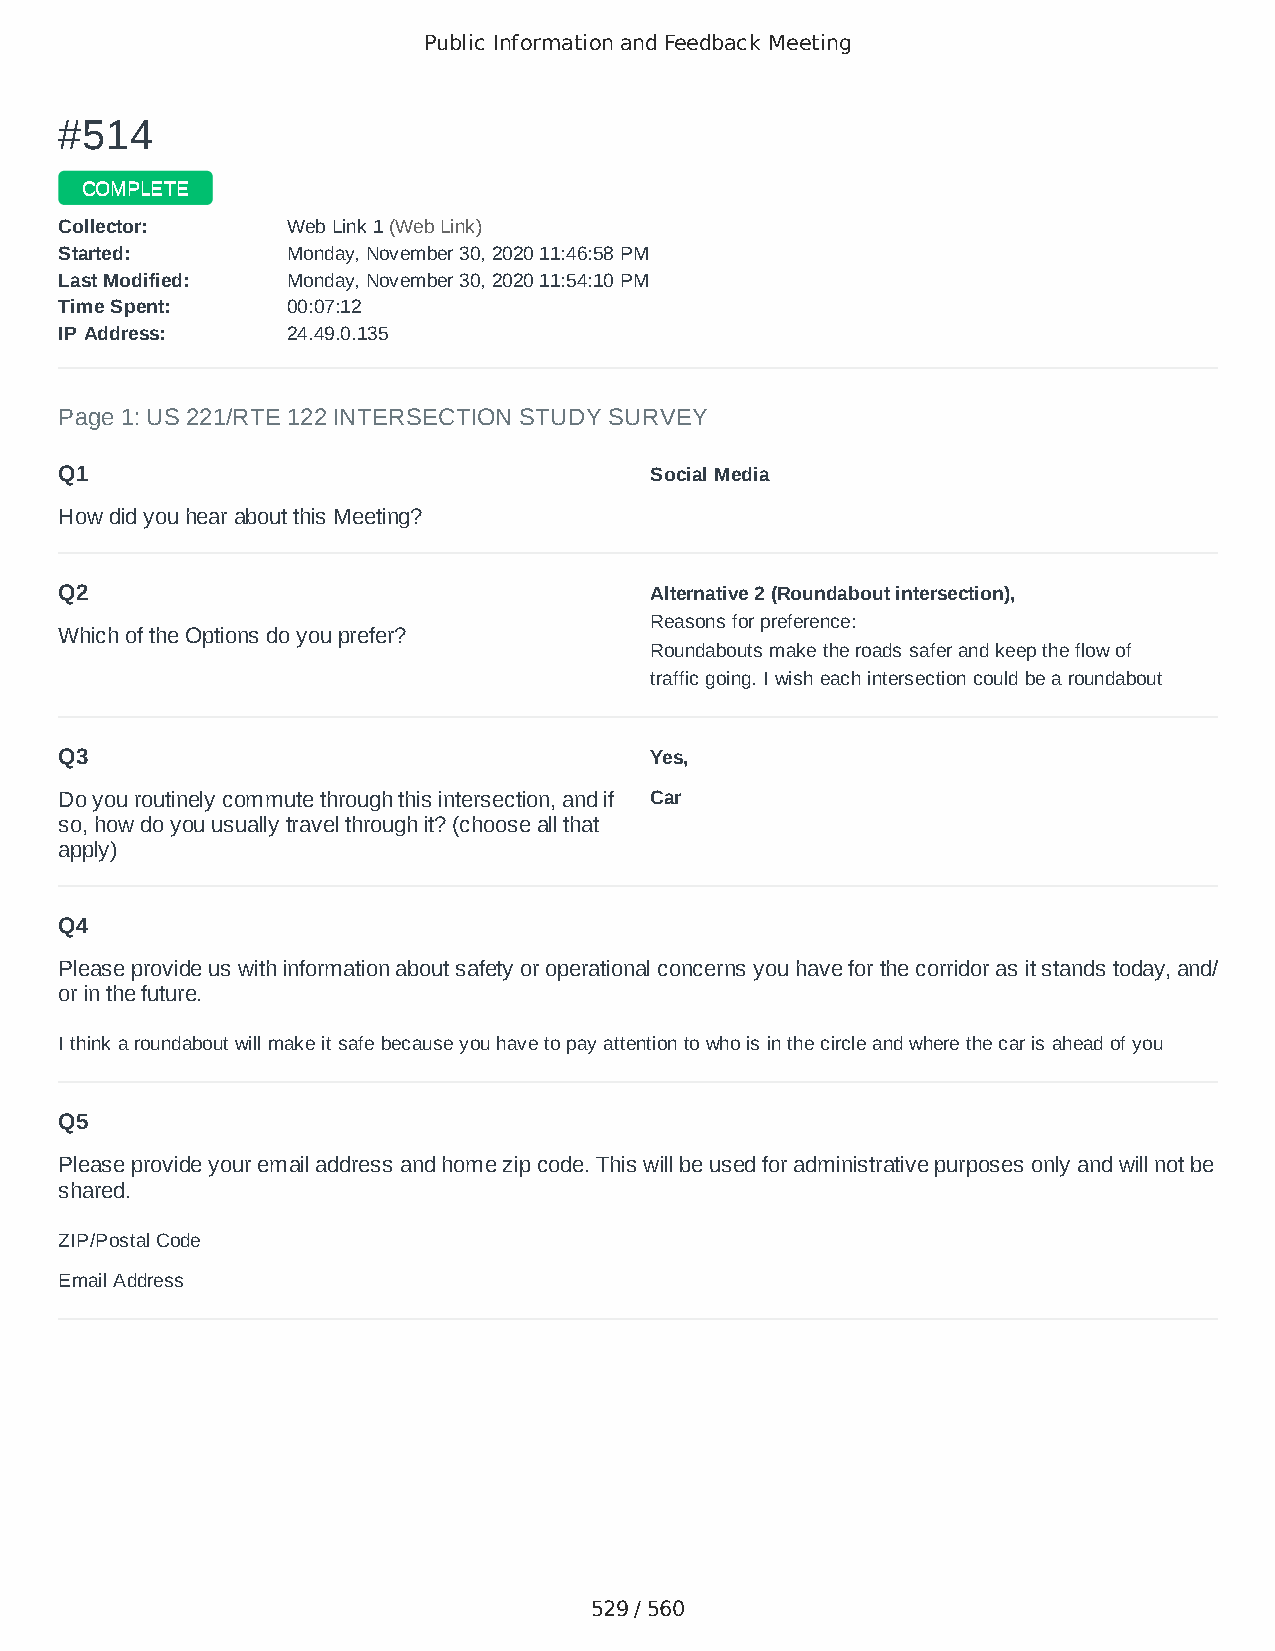
Public Information and Feedback Meeting
 ##551144
 CCOOMMPPLLEETTEE
 CCoolllleeccttoorr:: WWeebb LLiinnkk 11 ((WWeebb LLiinnkk))
 SSttaarrtteedd:: MMoonnddaayy,, NNoovveemmbbeerr 3300,, 22002200 1111::4466::5588 PPMM
 LLaasstt MMooddiiffiieedd:: MMoonnddaayy,, NNoovveemmbbeerr 3300,, 22002200 1111::5544::1100 PPMM
 TTiimmee SSppeenntt:: 0000::0077::1122
 IIPP AAddddrreessss:: 2244..4499..00..113355
 Page 1: US 221/RTE 122 INTERSECTION STUDY SURVEY
 Q1                                     Social Media
 How did you hear about this Meeting?
 Q2                                     Alternative 2 (Roundabout intersection),
 Reasons for preference:
 Which of the Options do you prefer?
 Roundabouts make the roads safer and keep the flow of
 traffic going. I wish each intersection could be a roundabout
 Q3                                     Yes,
 Do you routinely commute through this intersection, and if Car
 so, how do you usually travel through it? (choose all that
 apply)
 Q4
 Please provide us with information about safety or operational concerns you have for the corridor as it stands today, and/
 or in the future.
 I think a roundabout will make it safe because you have to pay attention to who is in the circle and where the car is ahead of you
 Q5
 Please provide your email address and home zip code. This will be used for administrative purposes only and will not be
 shared.
 ZIP/Postal Code                        24523
 Email Address                          mkw0614@aol.com
 529 / 560